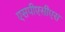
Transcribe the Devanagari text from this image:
एसपीएसीएस